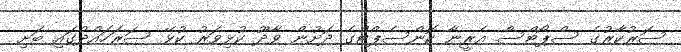
ސަރުކާރުގެ ސްޕޯޓްސް އެރީނާ ކޮންސެޕްޓްގެ ދަށުން ވާދޫ ކުޅިވަރު ކުޅޭ ސަރަހައްދުގައި ބަށި